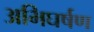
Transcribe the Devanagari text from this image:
अभिघर्षण